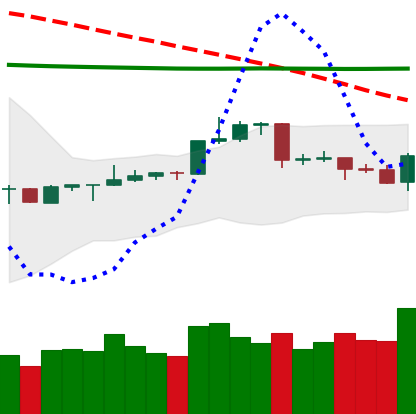
Ticker: LTC-USD
Chart end date: 2020-04-16
Forward return: -3.862%
Label: down_3_5